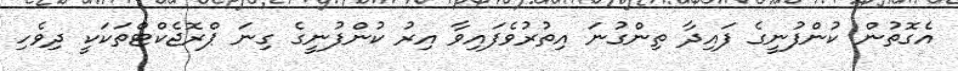
އެގޮތުން ކުންފުނީގެ ފައިދާ ތިންގުނަ އިތުރުވެފައިވާ އިރު ކުންފުނީގެ ގިނަ ޕްރޮޖެކްޓްތަކަކީ ދިވެހި